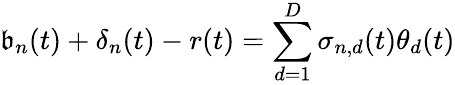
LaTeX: \mathfrak{b}_{n}(t)+\mathbf{{\delta}}_{n}(t)-r(t)=\sum_{d=1}^{D}\sigma_{n,d}(t)\theta_{d}(t)